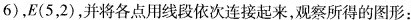
6)，E(5，2)，并将各点用线段依次连接起来，观察所得的图形：